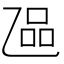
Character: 𬼬